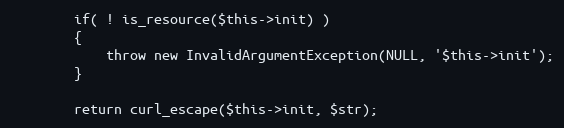
Language: PHP
        if( ! is_resource($this->init) )
        {
            throw new InvalidArgumentException(NULL, '$this->init');
        }

        return curl_escape($this->init, $str);